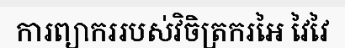
ការព្យាកររបស់វិចិត្រករអៃ វៃវៃ